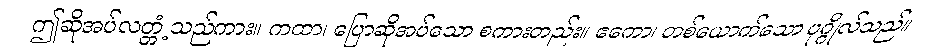
ဤဆိုအပ်လတ္တံ့သည်ကား။ ကထာ၊ ပြောဆိုအပ်သော စကားတည်း။ ဧကော၊ တစ်ယောက်သော ပုဂ္ဂိုလ်သည်။